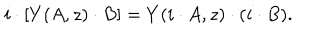
i \cdot \left[ Y ( A , z ) \cdot B \right] = Y ( i \cdot A , z ) \cdot ( i \cdot B ) .